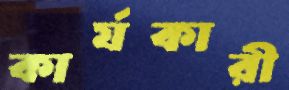
কার্যকারী